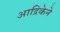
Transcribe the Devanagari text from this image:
आद्रिकेने